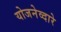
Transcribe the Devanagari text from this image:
योजनेव्दारे